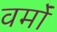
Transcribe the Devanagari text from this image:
वर्मों